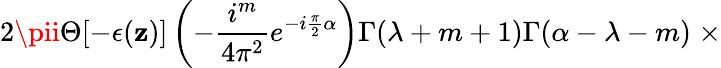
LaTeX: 2\pii\Theta[-\epsilon(\mathbf{z})]\left(-\frac{{i^{m}}}{{4{\pi}^{2}}}e^{-i\frac{{\pi}}{{2}}\alpha}\right)\Gamma(\lambda+m+1)\Gamma(\alpha-\lambda-m)\; \times